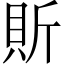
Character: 𧵆